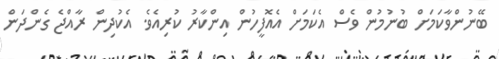
ބޭނުންވާކަމަށް ބުނުމުން ވެސް އެކަމަށް އެއޮފީހުން އިންކާރު ކުރިއެވެ. އެކުދިން ރާއްޖެ ގެންދަން